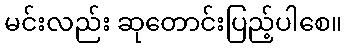
မင်းလည်း ဆုတောင်းပြည့်ပါစေ။